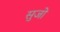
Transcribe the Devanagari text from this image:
सुजो